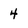
Character: 4